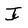
Character: I